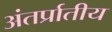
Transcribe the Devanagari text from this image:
अंतर्प्रातीय